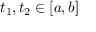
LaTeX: t _ { 1 } , t _ { 2 } \in [ a , b ]